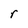
Character: r